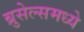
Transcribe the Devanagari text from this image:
ब्रुसेल्समध्ये